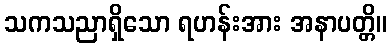
သကသညာရှိသော ရဟန်းအား အနာပတ္တိ။